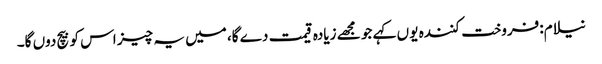
نیلام:فروخت کنندہ یو ں کہے جو مجھے زیادہ قیمت دے گا، میں یہ چیز اس کو بیچ دوں گا۔